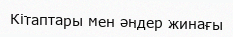
Кітаптары мен әндер жинағы